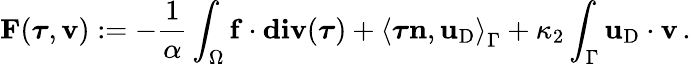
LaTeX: \mathbf{F}({\boldsymbol\tau},{\mathbf{v}}):=-\frac{1}{\alpha}\int_{\Omega}\mathbf{f}\cdot\mathbf{div}({\boldsymbol\tau})+\left<{\boldsymbol\tau}{\mathbf{n}},\mathbf{u}_{\mathrm{D}}\right>_{\Gamma}+\kappa_{2}\int_{\Gamma}\mathbf{u}_{\mathrm{D}}\cdot{\mathbf{v}}\, .